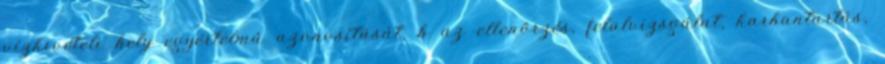
vízkivételi hely egyértelmû azonosítását, b az ellenõrzés, felülvizsgálat, karbantartás,